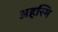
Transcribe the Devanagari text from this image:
अहस्मि